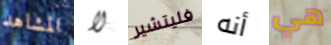
المشاهد لا فليتشير أنه هي